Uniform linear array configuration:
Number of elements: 8
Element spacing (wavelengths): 0.25
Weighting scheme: cosine
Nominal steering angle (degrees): -60
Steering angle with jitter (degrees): -59.817
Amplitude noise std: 0.05
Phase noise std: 0.05

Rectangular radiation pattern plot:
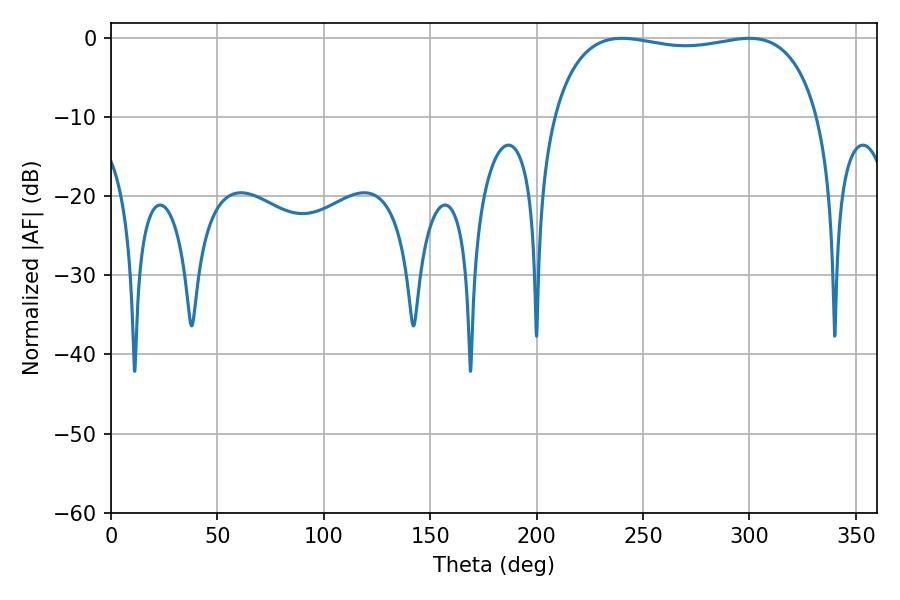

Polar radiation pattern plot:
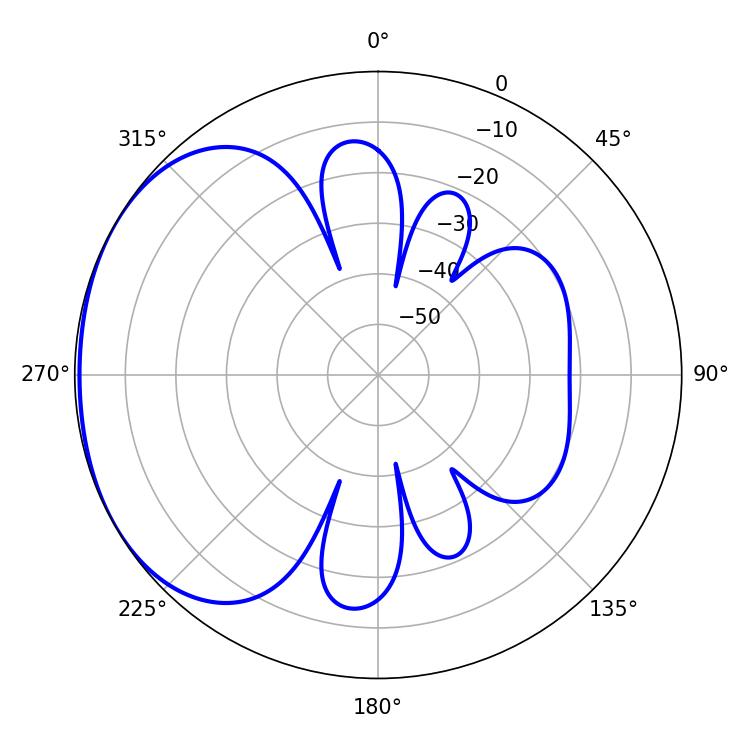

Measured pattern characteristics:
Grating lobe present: FALSE
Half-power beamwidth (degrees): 101.16
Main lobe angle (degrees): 299.88